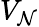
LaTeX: V_{\mathcal{N}}